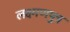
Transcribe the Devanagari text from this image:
लक्ष्मणपुत्र